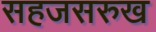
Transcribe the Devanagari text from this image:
सहजसरुख